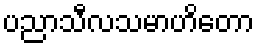
ပညာသီလသမာဟိတော